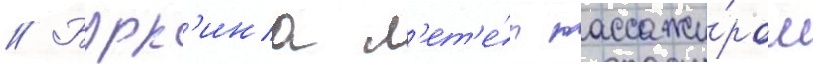
// Бурк'ина л'ет'е́л пассажи́ром